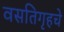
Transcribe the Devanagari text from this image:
वसतिगृहचे